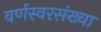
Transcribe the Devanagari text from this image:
वर्णस्वरसंख्या